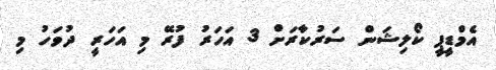
އެމްޑީޕީ ކޯލިޝަން ސަރުކާރަށް 3 އަހަރު ފުރޭ މި އަހަރީ ދުވަހު މި